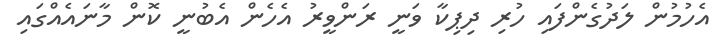
އެހުމުން ލަދުގެންފައި ހުރި ދިޕިކާ ވަނީ ރަންވީރު އެހެން އެބުނީ ކޮން މާނައެއްގައި